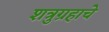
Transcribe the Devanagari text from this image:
शत्रुग्रहाचे